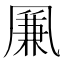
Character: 凲